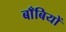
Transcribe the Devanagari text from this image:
बाँबियों